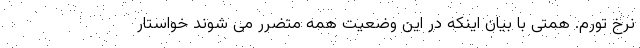
نرخ تورم. همتی با بیان اینکه در این وضعیت همه متضرر می شوند خواستار